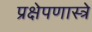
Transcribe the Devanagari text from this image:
प्रक्षेपणास्त्रे